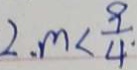
2 . m < \frac { 9 } { 4 }